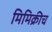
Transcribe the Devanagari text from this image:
मिमिक्रीच